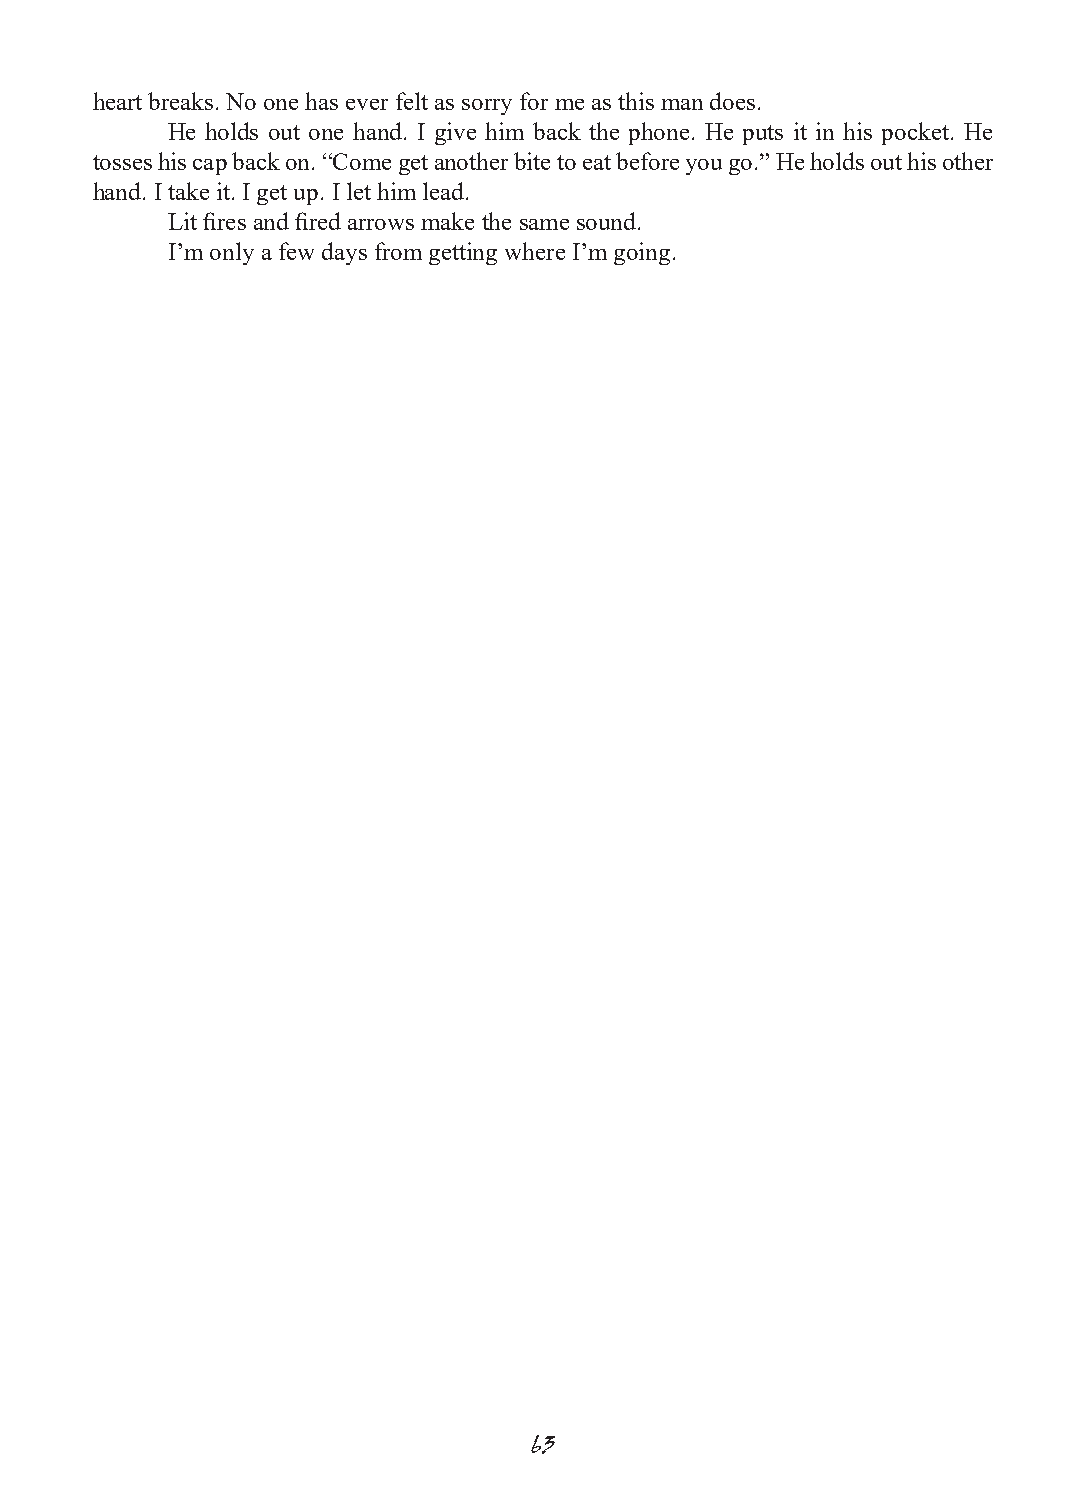
heart breaks. No one has ever felt as sorry for me as this man does.
 He holds out one hand. I give him back the phone. He puts it in his pocket. He
 tosses his cap back on. “Come get another bite to eat before you go.” He holds out his other
 hand. I take it. I get up. I let him lead.
 Lit fires and fired arrows make the same sound.
 I’m only a few days from getting where I’m going.
 63